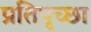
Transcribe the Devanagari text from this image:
प्रतिपृच्छा